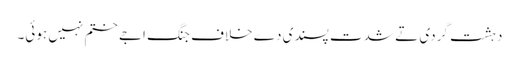
دہشت گردی تے شدت پسندی دے خلاف جنگ اجے ختم نہیں ہوئی۔